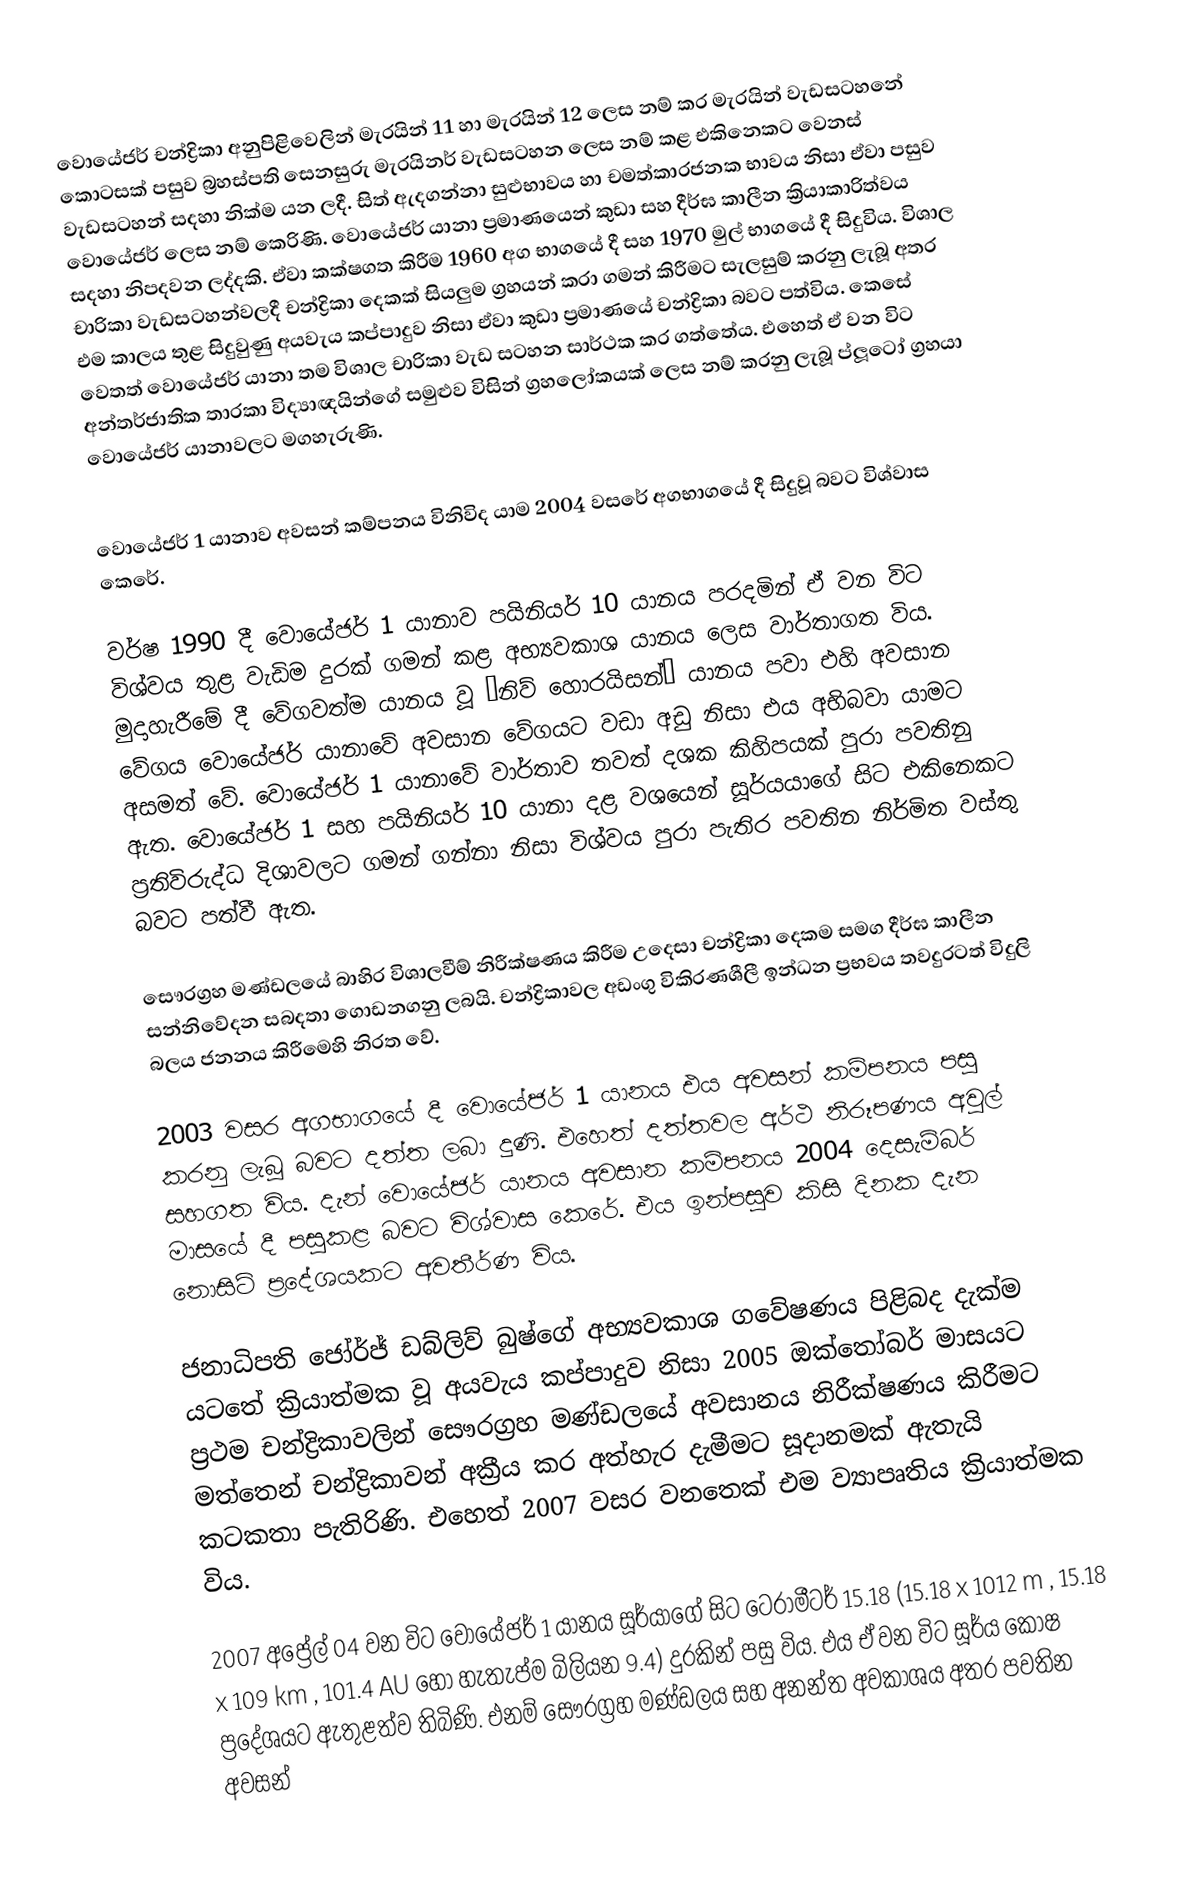
වොයේජර් චන්ද්‍රිකා අනුපිළිවෙලින් මැරයින් 11 හා මැරයින් 12 ලෙස නම් කර මැරයින් වැඩසටහනේ කොටසක් පසුව බ්‍රහස්පති සෙනසුරු මැරයිනර් වැඩසටහන ලෙස නම් කළ එකිනෙකට වෙනස් වැඩසටහන් සදහා නික්ම යන ලදී. සිත් ඇදගන්නා සුළුභාවය හා චමත්කාරජනක භාවය නිසා ඒවා පසුව වොයේජර් ලෙස නම් කෙරිණි. වොයේජර් යානා ප්‍රමාණයෙන් කුඩා සහ දීර්ඝ කාලීන ක්‍රියාකාරිත්වය සදහා නිපදවන ලද්දකි. ඒවා කක්ෂගත කිරීම 1960 අග භාගයේ දී සහ 1970 මුල් භාගයේ දී සිදුවිය. විශාල චාරිකා වැඩසටහන්වලදී චන්ද්‍රිකා දෙකක් සියලුම ග්‍රහයන් කරා ගමන් කිරීමට සැලසුම් කරනු ලැබූ අතර එම කාලය තුළ සිදුවුණු අයවැය කප්පාදුව නිසා ඒවා කුඩා ප්‍රමාණයේ චන්ද්‍රිකා බවට පත්විය. කෙසේ වෙතත් වොයේජර් යානා තම විශාල චාරිකා වැඩ සටහන සාර්ථක කර ගත්තේය. එහෙත් ඒ වන විට අන්තර්ජාතික තාරකා විද්‍යාඥයින්ගේ සමුළුව විසින් ග්‍රහලෝකයක් ලෙස නම් කරනු ලැබූ ප්ලූටෝ ග්‍රහයා වොයේජර් යානාවලට මගහැරුණි.

වොයේජර් 1 යානාව අවසන් කම්පනය විනිවිද යාම 2004 වසරේ අගභාගයේ දී සිදුවූ බවට විශ්වාස කෙරේ.

වර්ෂ 1990 දී වොයේජර් 1 යානාව පයිනියර් 10 යානය පරදමින් ඒ වන විට විශ්වය තුළ වැඩිම දුරක් ගමන් කළ අභ්‍යවකාශ යානය ලෙස වාර්තාගත විය. මුදාහැරීමේ දී වේගවත්ම යානය වූ “නිව් හොරයිසන්” යානය පවා එහි අවසාන වේගය වොයේජර් යානාවේ අවසාන වේගයට වඩා අඩු නිසා එය අභිබවා යාමට අසමත් වේ. වොයේජර් 1 යානාවේ වාර්තාව තවත් දශක කිහිපයක් පුරා පවතිනු ඇත. වොයේජර් 1 සහ පයිනියර් 10 යානා දළ වශයෙන් සූර්යයාගේ සිට එකිනෙකට ප්‍රතිවිරුද්ධ දිශාවලට ගමන් ගන්නා නිසා විශ්වය පුරා පැතිර පවතින නිර්මිත වස්තු බවට පත්වී ඇත.

සෞරග්‍රහ මණ්ඩලයේ බාහිර විශාලවීම් නිරීක්ෂණය කිරීම උදෙසා චන්ද්‍රිකා දෙකම සමග දීර්ඝ කාලීන සන්නිවේදන සබදතා ගොඩනගනු ලබයි. චන්ද්‍රිකාවල අඩංගු විකිරණශීලී ඉන්ධන ප්‍රභවය තවදුරටත් විදුලි බලය ජනනය කිරීමෙහි නිරත වේ.

2003 වසර අගභාගයේ දී වොයේජර් 1 යානය එය අවසන් කම්පනය පසු කරනු ලැබූ බවට දත්ත ලබා දුණි. එහෙත් දත්තවල අර්ථ නිරූපණය අවුල් සහගත විය. දැන් වොයේජර් යානය අවසාන කම්පනය 2004 දෙසැම්බර් මාසයේ දී පසුකළ බවට විශ්වාස කෙරේ. එය ඉන්පසුව කිසි දිනක දැන නොසිටි ප්‍රදේශයකට අවතීර්ණ විය.

ජනාධිපති ජෝර්ජ් ඩබ්ලිව් බුෂ්ගේ අභ්‍යවකාශ ගවේෂණය පිළිබද දැක්ම යටතේ ක්‍රියාත්මක වූ අයවැය කප්පාදුව නිසා 2005 ඔක්තෝබර් මාසයට ප්‍රථම චන්ද්‍රිකාවලින් සෞරග්‍රහ මණ්ඩලයේ අවසානය නිරීක්ෂණය කිරීමට මත්තෙන් චන්ද්‍රිකාවන් අක්‍රීය කර අත්හැර දැමීමට සූදානමක් ඇතැයි කටකතා පැතිරිණි. එහෙත් 2007 වසර වනතෙක් එම ව්‍යාපෘතිය ක්‍රියාත්මක විය.

2007 අප්‍රේල් 04 වන විට වොයේජර් 1 යානය සූර්යාගේ සිට ටෙරාමීටර් 15.18 (15.18 x 1012 m , 15.18 x 109 km , 101.4 AU හෝ හැතැප්ම බිලියන 9.4) දුරකින් පසු විය. එය ඒ වන විට සූර්ය කෝෂ ප්‍රදේශයට ඇතුළත්ව තිබිණි. එනම් සෞරග්‍රහ මණ්ඩලය සහ අනන්ත අවකාශය අතර පවතින අවසන්